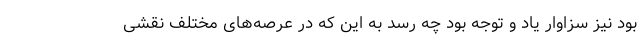
بود نیز سزاوار یاد و توجه بود چه رسد به این که در عرصه‌های مختلف نقشی